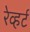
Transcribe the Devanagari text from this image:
रेव्हर्ट